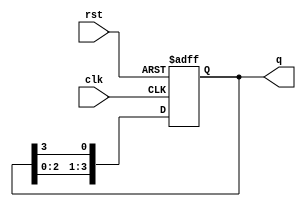
module ring_counter (
    input wire clk,
    input wire rst,
    output wire [3:0] q
);

reg [3:0] q_next;

always @ (posedge clk or posedge rst)
begin
    if (rst)
        q <= 4'b0001;
    else
        q <= q_next;
end

always @ (*)
begin
    q_next[0] = q[3];
    q_next[1] = q[0];
    q_next[2] = q[1];
    q_next[3] = q[2];
end

endmodule